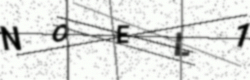
Text: NOEL1